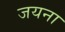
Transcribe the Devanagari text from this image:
जयना